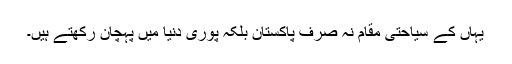
یہاں کے سیاحتی مقام نہ صرف پاکستان بلکہ پوری دنیا میں پہچان رکھتے ہیں۔